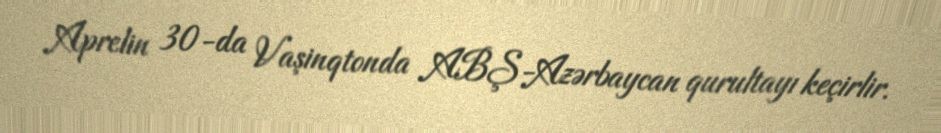
Aprelin 30-da Vaşinqtonda ABŞ-Azərbaycan qurultayı keçirlir.